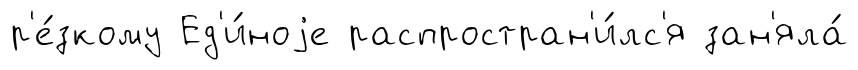
р'е́зкому Ед'и́ноjе распростран'и́лс'я зан'яла́